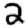
Digit: 2